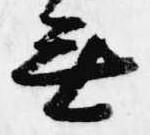
無